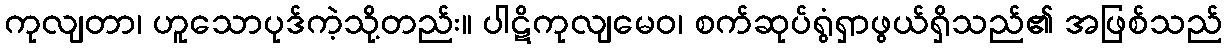
ကုလျတာ၊ ဟူသောပုဒ်ကဲ့သို့တည်း။ ပါဋိကုလျမေဝ၊ စက်ဆုပ်ရွံရှာဖွယ်ရှိသည်၏ အဖြစ်သည်